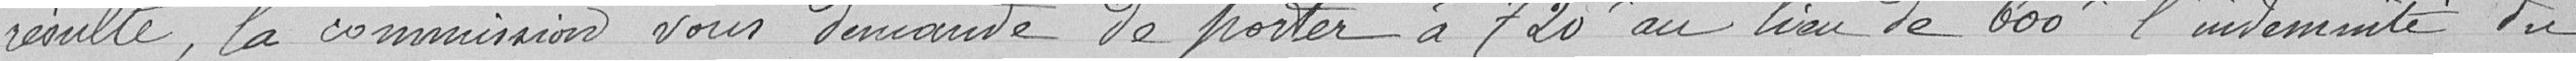
résulte, la commission vous demande de porter à 720 francs au lieu de 600 francs l'indemnité du